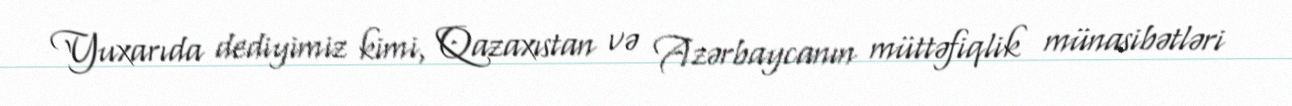
Yuxarıda dediyimiz kimi, Qazaxıstan və Azərbaycanın müttəfiqlik münasibətləri